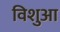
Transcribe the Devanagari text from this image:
विशुआ